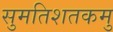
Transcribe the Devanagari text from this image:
सुमतिशतकमु